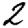
Digit: 2